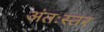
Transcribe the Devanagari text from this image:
अंतःस्तर